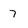
Character: 7